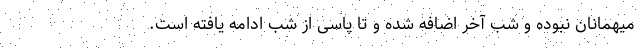
میهمانان نبوده و شب آخر اضافه شده و تا پاسی از شب ادامه یافته است.